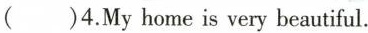
( )4.My home is very beautiful.